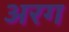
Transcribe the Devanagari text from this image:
अरग